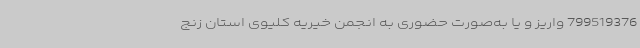
799519376 واریز و یا به‌صورت حضوری به انجمن خیریه کلیوی استان زنج